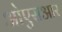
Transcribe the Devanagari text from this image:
ओएसआर